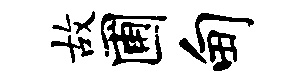
故圃甸